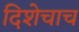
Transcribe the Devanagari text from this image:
दिशेचाच